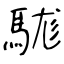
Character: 駹